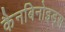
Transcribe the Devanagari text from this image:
कैनबिनोइड्स